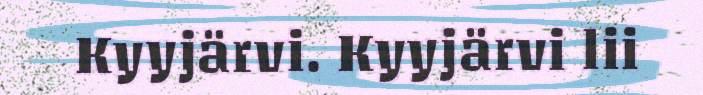
Kyyjärvi. Kyyjärvi lii